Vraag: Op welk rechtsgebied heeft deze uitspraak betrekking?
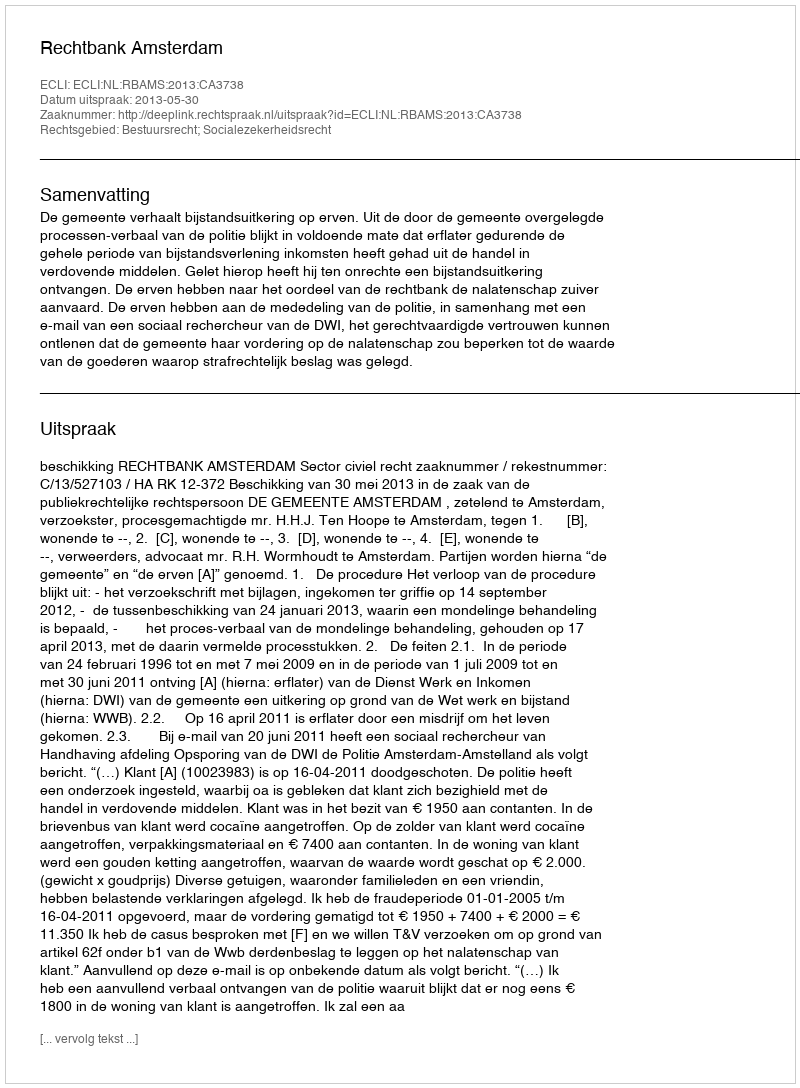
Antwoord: Bestuursrecht; Socialezekerheidsrecht